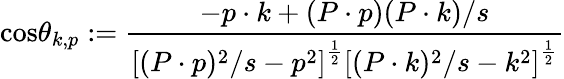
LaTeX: \mathrm{cos}\theta_{k,p}:={\frac{-p\cdot k+(P\cdot p)(P\cdot k)/s}{\left[(P\cdot p)^{2}/s-p^{2}\right]^{\frac 12}\left[(P\cdot k)^{2}/s-k^{2}\right]^{\frac 12}}}